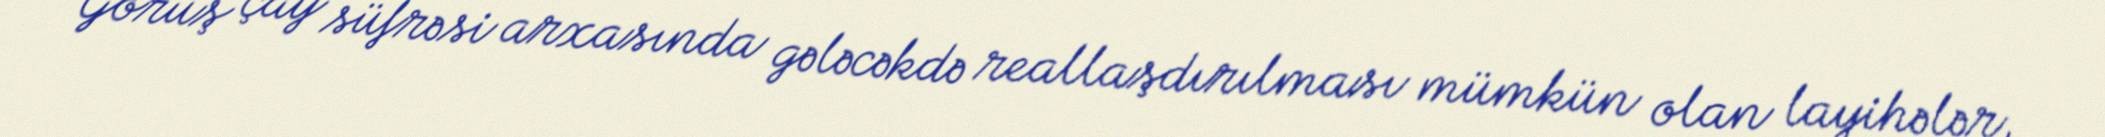
Görüş çay süfrəsi arxasında gələcəkdə reallaşdırılması mümkün olan layihələr,